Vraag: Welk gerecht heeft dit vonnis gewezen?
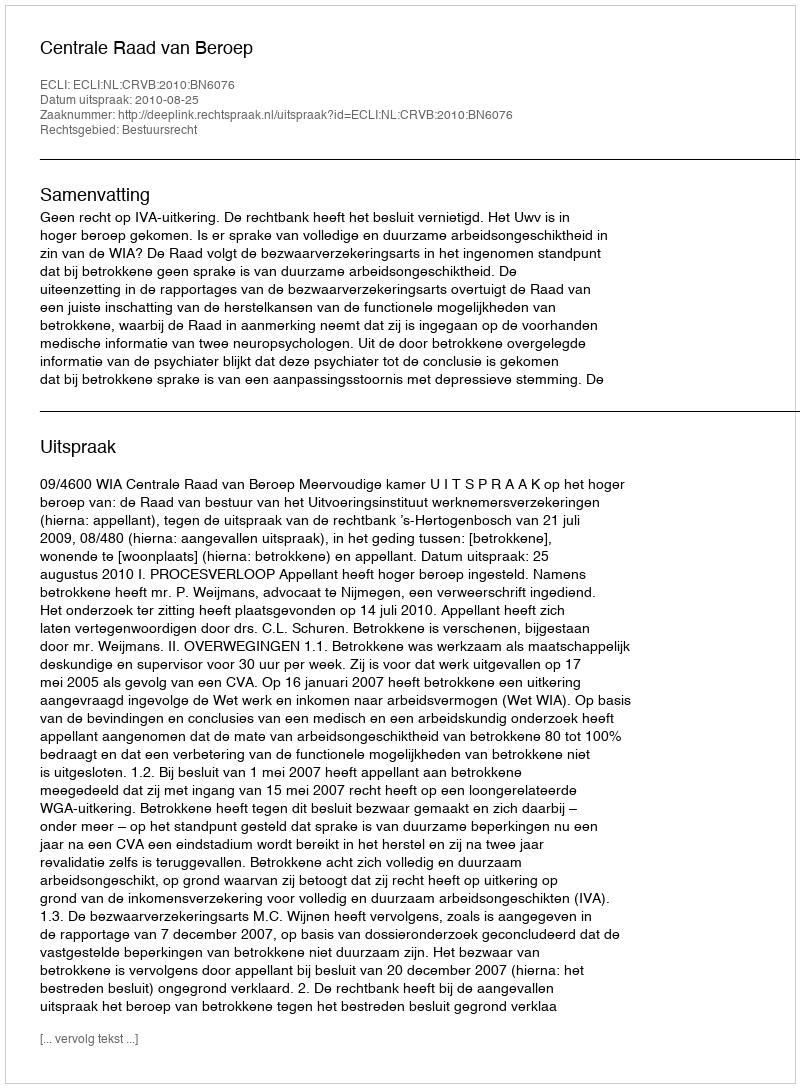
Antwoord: Centrale Raad van Beroep